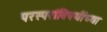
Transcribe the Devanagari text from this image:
परस्परांविषयींच्या